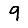
Digit: 9